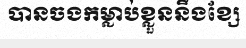
បានចងកម្លាប់ខ្លួននឹងខ្សែ